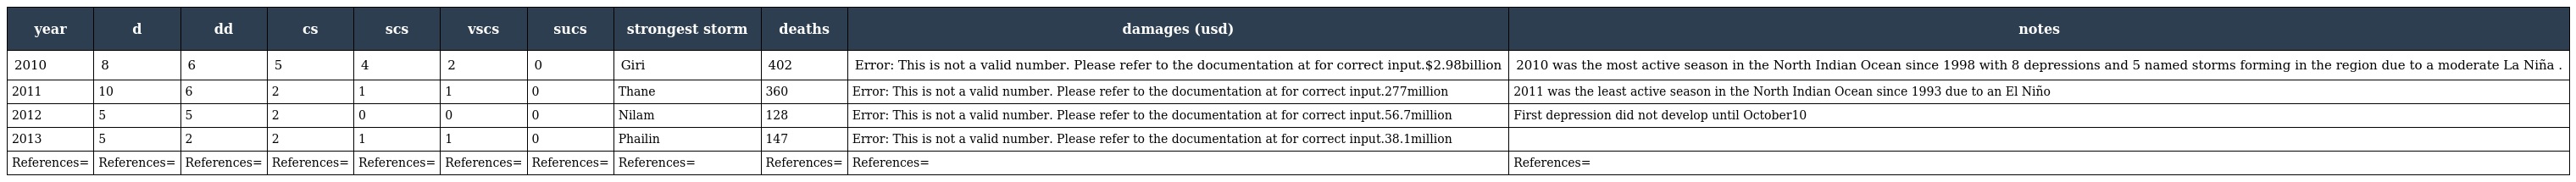
| year | d | dd | cs | scs | vscs | sucs | strongest storm | deaths | damages (usd) | notes |
 | --- | --- | --- | --- | --- | --- | --- | --- | --- | --- | --- |
 | 2010 | 8 | 6 | 5 | 4 | 2 | 0 | Giri | 402 | Error: This is not a valid number. Please refer to the documentation at for correct input.$2.98billion | 2010 was the most active season in the North Indian Ocean since 1998 with 8 depressions and 5 named storms forming in the region due to a moderate La Niña . |
 | 2011 | 10 | 6 | 2 | 1 | 1 | 0 | Thane | 360 | Error: This is not a valid number. Please refer to the documentation at for correct input.277million | 2011 was the least active season in the North Indian Ocean since 1993 due to an El Niño |
 | 2012 | 5 | 5 | 2 | 0 | 0 | 0 | Nilam | 128 | Error: This is not a valid number. Please refer to the documentation at for correct input.56.7million | First depression did not develop until October10 |
 | 2013 | 5 | 2 | 2 | 1 | 1 | 0 | Phailin | 147 | Error: This is not a valid number. Please refer to the documentation at for correct input.38.1million |  |
 | References= | References= | References= | References= | References= | References= | References= | References= | References= | References= | References= |